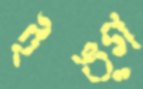
ইঙ্গ